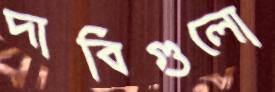
দাবিগুলো